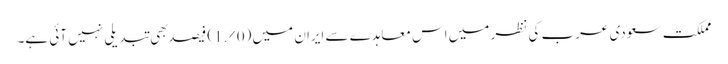
مملکت سعودی عرب کی نظر میں اس معاہدے سے ایران میں (0%.1) فیصد بهی تبدیلی نہیں آئی ہے۔